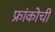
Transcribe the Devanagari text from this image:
फ्रांकोची